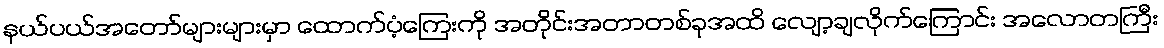
နယ်ပယ်အတော်များများမှာ ထောက်ပံ့ကြေးကို အတိုင်းအတာတစ်ခုအထိ လျော့ချလိုက်ကြောင်း အလောတကြီး